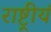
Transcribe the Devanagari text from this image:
राष्ट्रीयं